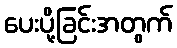
ပေးပို့ခြင်းအတွက်